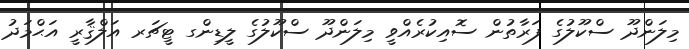
މިލަންދޫ ސްކޫލުގެ ފަރާތުން ސޮއިކުރެއްވީ މިލަންދޫ ސްކޫލުގެ ލީޑިންގ ޓީޗަރ އަލްޤާރީ އަޙްމަދު